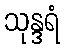
သုန္ဒရံ